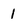
Character: 1